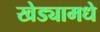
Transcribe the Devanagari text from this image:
खेड्यामधे